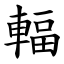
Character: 輻